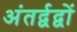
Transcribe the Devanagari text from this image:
अंतर्द्वद्वों